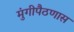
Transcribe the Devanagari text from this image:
मुंगीपैठणास